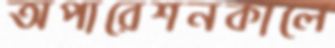
অপারেশনকালে